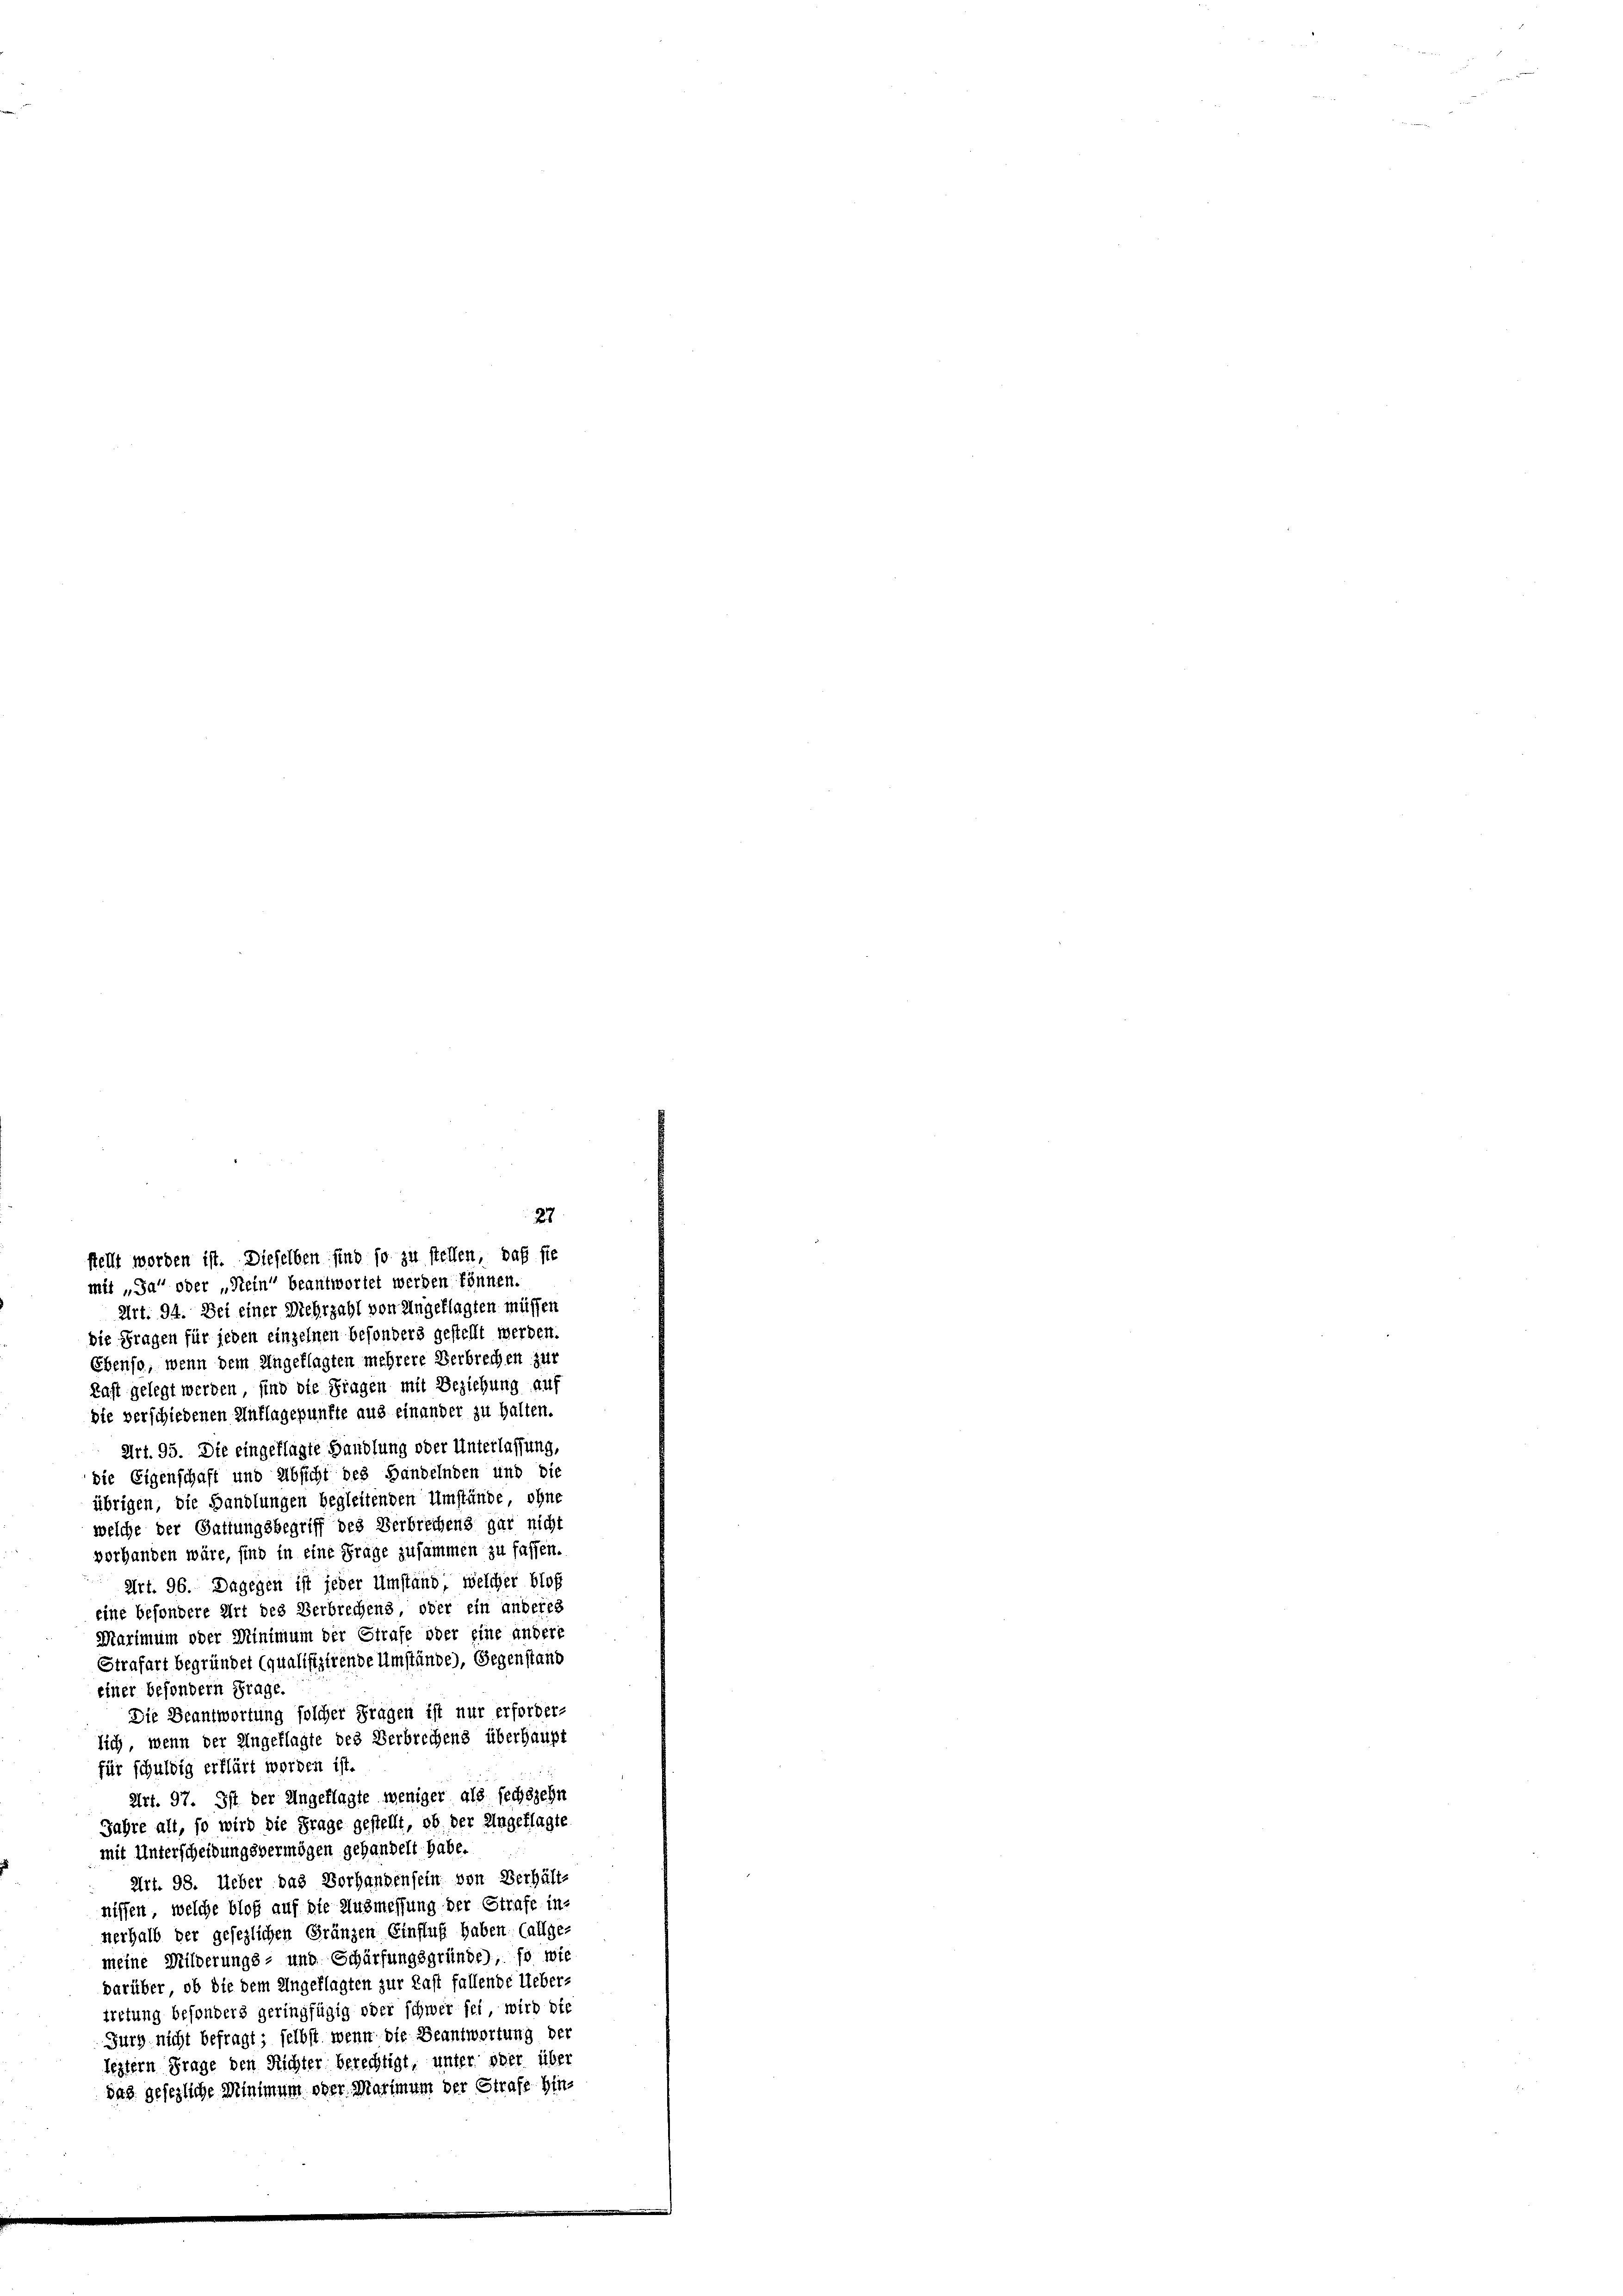
27
stellt worden ist. Dieselben sind so zu stellen, daß sie
mit „Ja oder „Stein“ beantwortet werden können.

Art. 94. Dei einer Mehrzahl von Angeklagten müssen
die Fragen für jeden einzelnen besonders gestellt werden.
Ebenso, wenn dem Angeklagten mehrere Verbrechen zur
Rast gelegt werden, sind die Fragen mit Beziehung auf
die verschiedenen Auflagepunfte aus einander zu halten.
Art. 95. Die eingeklagte Handlung oder Unterlassung,
die Eigenschaft und Absicht des Handelnden und die
übrigen, die Handlungen begleitenden Umstände, ohne
welche der Gattungsbegriff des Verbrechens gar nicht
vorhanden wäre, sind in eine Frage zusammen zu fassen.
Art. 96. Dagegen ist jeder Umständ welcher bloß
eine besondere Art des Verbrechens oder ein anderes
Marimum oder Minimum der Strafe oder eine andere
Strafart begründet (qualifizirende Umstände), Gegenstand
einer besondern Frage.
Die Beantwortung solcher Fragen ist nur erforderlich, wenn der Ungeklagte des Verbrechens überhaupt
für schuldig erklärt worden ist.
Art. 97. Ist der Angeklagte weniger als sechszehn
Jahre alt, so wird die Frage gestellt, ob der Ungeflagte
mit Unterscheidungsvermögen gehandelt habe.
Art. 98. Ueber das Vorhandensein von Verhält-
nissen, welche bloß auf die Ausmessung der Strafe in
nerhalb der gesezlichen Gränzen Einfluß haben (allge-
meine Milderungs- und Schärfungsgründe, so wie
darüber, ob die dem Ungeklagten zur Last fallende Ueber-
tretung besonders geringfügig oder schwer sei, wird die
Jurh nicht befragt; selbst, wenn die Beantwortung der
leztern Frage den Richter berechtigt, unter oder über
das gesezliche Minimum oder Marimum der Strafe hin-